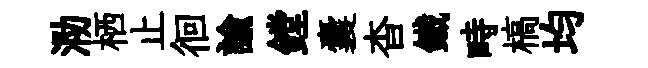
泐栖止徊諭鏜囊杳鐵畤槁均